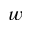
w